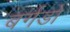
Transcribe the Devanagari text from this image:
बर्गडों